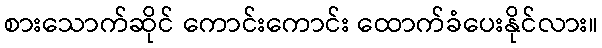
စားသောက်ဆိုင် ကောင်းကောင်း ထောက်ခံပေးနိုင်လား။